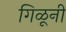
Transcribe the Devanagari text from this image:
गिळूनी